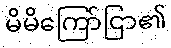
မိမိကြော်ငြာ၏